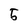
Character: 5